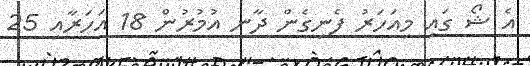
އެ ޝޯ ގައި މިއަހަރު ފެނިގެން ދާނީ އުމުރުން 18 އަހަރާއި 25